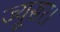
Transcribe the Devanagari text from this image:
ज्यूसर।